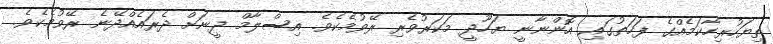
ތިޔަހުރިހާކަމެއްގެ ފަހަތުގައި އޮންނާނީ ޔަހޫދީ މަކަރުވެރި ރޭވުމެކެވެ. އިސްލާމް ދީނަށް ދެރައެއްދޭނެ ރޭވުމެކެވެ.